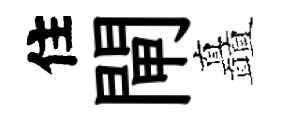
住閘矗